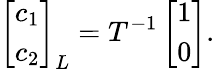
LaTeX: \left[\begin{array}{l}{c_{1}}\\ {c_{2}}\end{array}\right]_{L}=T^{-1}\left[\begin{array}{l}{1}\\ {0}\end{array}\right].